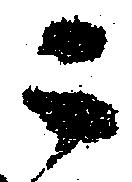
ニ